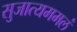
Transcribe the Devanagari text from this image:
सुजात्यममलं